Indian Civil Veterinary Department memoirs
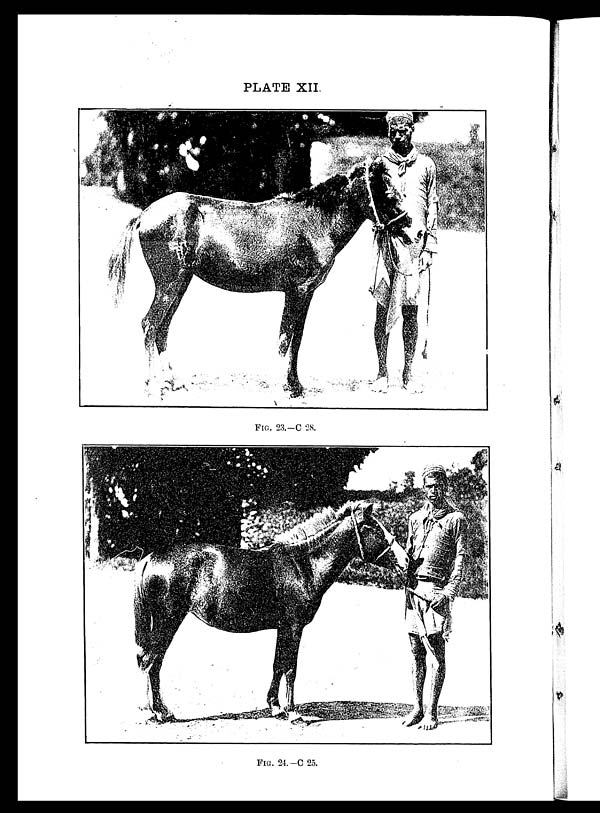
PLATE XII.
FIG. 23.—C 28.
FIG. 24.—C 25.